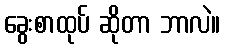
ခွေးစာထုပ် ဆိုတာ ဘာလဲ။